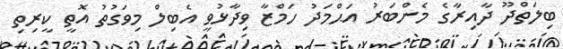
ބިލަތްދޫ ދާއިރާގެ މެންބަރު އަޙްމަދު ހަމްޒާ ވިދާޅުވީ އެބިލް މިވަގުތު އޮތީ ކީރިތި